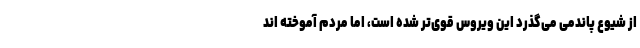
از شیوع پاندمی می‌گذرد این ویروس قوی‌تر شده است، اما مردم آموخته اند